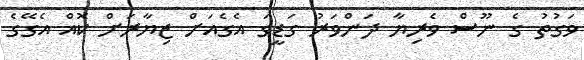
ވަގުތު ގެ ނޫސް ވެރިޔާ ދަންވަރު ގަޑީގަ އެގެއަށް ޒިޔާރަށް ކޮއް އެގޭގެ